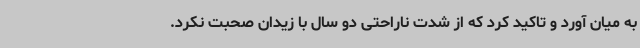
به میان آورد و تاکید کرد که از شدت ناراحتی دو سال با زیدان صحبت نکرد.